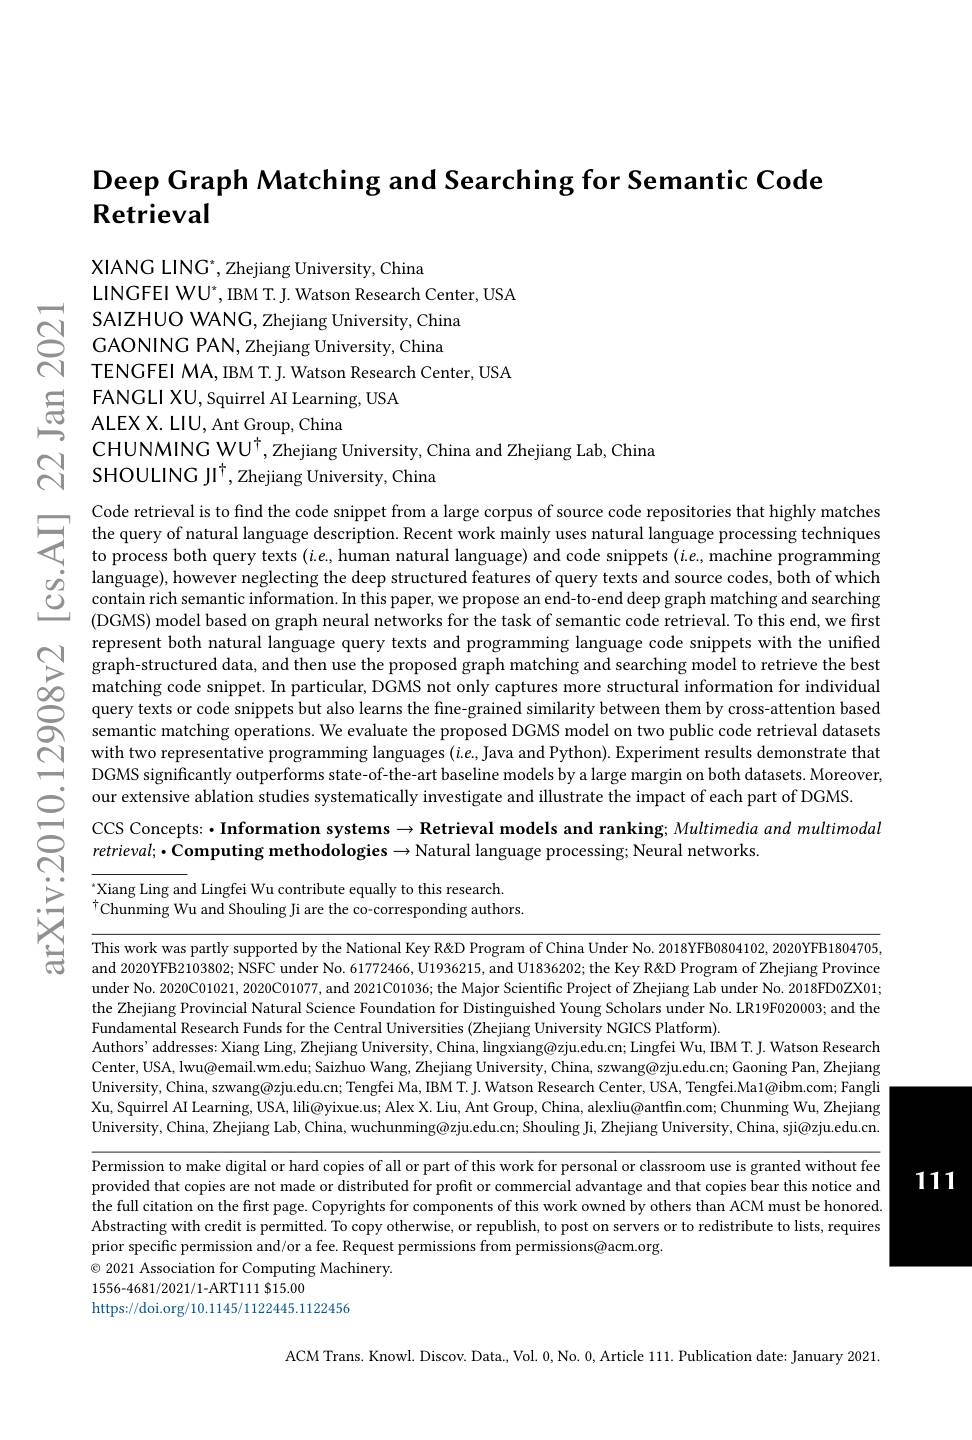
Deep Graph Matching and Searching for Semantic Code
## Retrieval

XIANG LING$^*$,Zhejiang University, China
LINGFEI WU*, IBM T. J. Watson Research Center, USA
$\begin{array}{ll}\mathrm{SAIZHUO~WANC,~Zhejiang~University,~China}\\\mathrm{GAONING~PAN,~Zhejiang~University,~China}\\\mathrm{TENGFEI~MA,~IBM~T.~J.~Watson~Research~Center,~USA}\end{array}$
$\underline {\Xi }$ FANGLI XU, Squirrel AI Learning, USA$\underline {\Xi }$ ALEX X. LIU, Ant Group, China
$\begin{array}{lll}&\text{CHUNMING WU}^{\dagger},\text{Zhejiang University, China and Zhejiang Lab, China}\\\mathrm{C}&\text{SHOULING JI}^{\dagger},\text{Zhejiang University, China}\end{array}$

Code retrieval is to find the code snippet from a large corpus of source code repositories that highly matches the query of natural language description. Recent work mainly uses natural language procesing techniques techniques toprocessing techniques toprocessing techniques toprork mainly uses natural language processing techniques techniques tode, machine progra
(DGMS) model based on graph neural networks for the task of semantic code retrieval. To this end, we first represent both natural language query texts and programming lang
our extensive ablation studies systematically investigate and illustrate the impact of each part of DGMS

$స్సి$

CCS Concepts: ·Information systems → Retrieval models and ranking; Multimedia and multimodal
$retrieval;\bullet$Computing methodologies$\to$Natural language processing; Neural networks.

Xiang Ling and Lingfei Wu contribute equally to this research.
$^{\dagger}$Chunming Wu and Shouling Ji are the co-corresponding authors.

感

This work was partly supported by the National Key R& Program of China Under No. 2018YFB0804102, 2020YFB1804705, and 2020YFB2103802; NSFC under No. 61772466, U1936215, and U1836202; the Key R&D Program of Zhejiang Province under No. 2020C01021, 2020C01077, and 2021C01036; the Major Scientific Project of Zhejiang Lab under No. 2018FD0ZX01; the Zhejiang Provincial Natural Science Foundation for Distinguished Young Scholars under No. LR19F020003; and the Fundamental Research Funds for the Central Universities (Zhejiang University NGICS Platform).
Authors'addresses: Xiang Ling, Zhejiang University, China, lingxiang@zju.edu.cn; Lingfei Wu, IBM T. J. Watson Research Center, USA, lwu@email.wm.edu; Saizhuo Wang, Zhejiang University, China, szwang@zju.edu.cn; Gaoning Pan, Zhejiang University, China, szwang@zju.edu.cn; Tengfei Ma, IBM T. J. Watson Research Center, USA, Tengfei.Ma1@ibm.com; Fangli Xu, Squirrel AI Learning, USA, lili@yixue.us; Alex X. Liu, Ant Group, China, alexliu@antfin.com; Chunming Wu, Zhejiang University, China, Zhejiang Lab, China, wuchunming@zju.edu.cn; Shouling Ji, Zhejiang University, China, sji@zju.edu.cn

Permission to make digital or hard copies of all or part of this work for personal or classroom use is granted without fee provided that copies are not made or distributed for profit or commercial advantage and that copies bear this notice and the full citation on the first page. Copyrights for components of this work owned by others than ACM must be honored Abstracting with credit is permitted. To copy otherwise, or republish, to post on servers or to redistribute to lists, requires prior specific permission and/or a fee. Request permissions from permissions@acm.org
$\textcircled{\circ}$ 2021 Association for Computing Machinery.
1556-4681/2021/1-ART111 $15.00

https://doi.org/10.1145/1122445.1122456

ACM Trans. Knowl. Discov. Data., Vol. 0,No. 0, Article 111. Publication date: January 2021

111